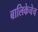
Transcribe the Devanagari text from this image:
बालिकेचेच